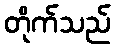
တိုက်သည်